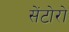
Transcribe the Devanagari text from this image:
सेंटोरो